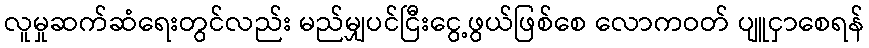
လူမှုဆက်ဆံရေးတွင်လည်း မည်မျှပင်ငြီးငွေ့ဖွယ်ဖြစ်စေ လောကဝတ် ပျူငှာစေရန်